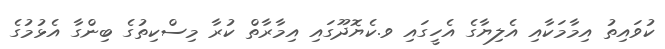
ކުވައިތު އިމާމަކާއި އެލިޔާގެ އެހީގައި ވ.ކެޔޮދޫގައި އިމާރާތް ކުރާ މިސްކިތުގެ ބިންގާ އެޅުމުގެ